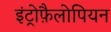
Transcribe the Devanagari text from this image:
इंट्रोफ़ैलोपियन